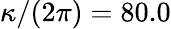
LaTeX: \kappa/{(2\pi)}=80.0